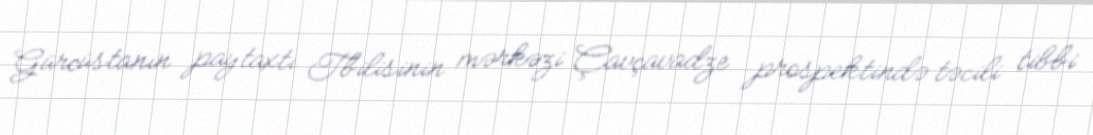
Gürcüstanın paytaxtı Tbilisinin mərkəzi Çavçavadze prospektində təcili tibbi